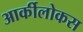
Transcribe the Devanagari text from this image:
आर्कीलोकस